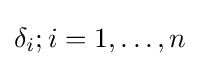
\delta _{i};i=1,\dots ,n